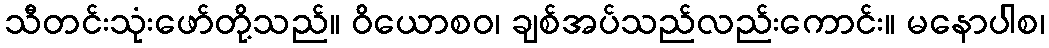
သီတင်းသုံးဖော်တို့သည်။ ဝိယောစဝ၊ ချစ်အပ်သည်လည်းကောင်း။ မနောပါစ၊